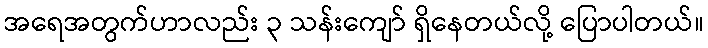
အရေအတွက်ဟာလည်း ၃ သန်းကျော် ရှိနေတယ်လို့ ပြောပါတယ်။